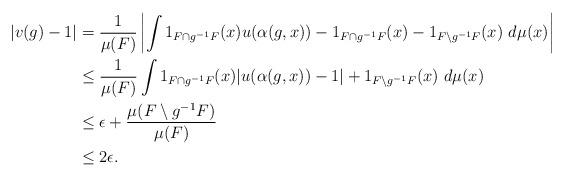
LaTeX: \begin{align*}|v(g) - 1 |&= \frac{1}{\mu(F)} \left| \int 1_{F\cap g^{-1}F}(x) u(\alpha(g,x)) - 1_{F\cap g^{-1}F}(x) - 1_{F\setminus g^{-1}F}(x) \ d\mu(x) \right|\\&\leq \frac{1}{\mu(F)} \int 1_{F\cap g^{-1}F}(x) | u(\alpha(g,x)) - 1 | + 1_{F\setminus g^{-1}F}(x) \ d\mu(x) \\&\leq \epsilon + \frac{\mu(F\setminus g^{-1}F)}{\mu(F)} \\&\leq 2\epsilon.\end{align*}